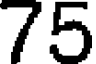
75